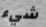
شيء